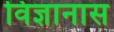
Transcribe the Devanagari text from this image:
विज्ञानास